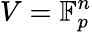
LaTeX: V=\mathbb{F}_{p}^{n}